Scottish Leaving Certificate Examination, 1961
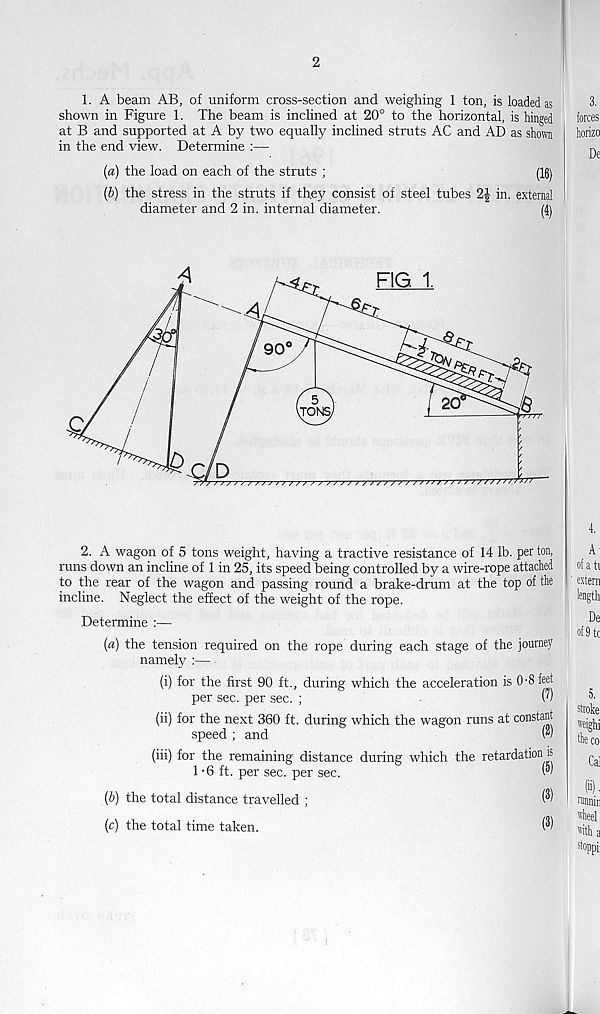
2
1. A beam AB, of uniform cross-section and weighing 1 ton, is loaded as
shown in Figure 1. The beam is inclined at 20° to the horizontal, is hinged
at B and supported at A by two equally inclined struts AC and AD as shorn
in the end view. Determine :—
(a) the load on each of the struts ;
(16)
(b) the stress in the struts if they consist of steel tubes 2| in. external
diameter and 2 in. internal diameter.
(4\
2. A wagon of 5 tons weight, having a tractive resistance of 14 lb. per ton,
runs down an incline of 1 in 25, its speed being controlled by a wire-rope attached
to the rear of the wagon and passing round a brake-drum at the top of the
incline. Neglect the effect of the weight of the rope.
Determine :—
(a) the tension required on the rope during each stage of the journey
namely :—
(i) for the first 90 ft., during which the acceleration is 0-8 feet
per sec. per sec. ;
.
(')
(ii) for the next 360 ft. during which the wagon runs at constant
speed ; and
(*)
(hi) for the remaining distance during which the retardation is
1 -6 ft. per sec. per sec.
W
(b) the total distance travelled ;
$
(c) the total time taken.
(®)